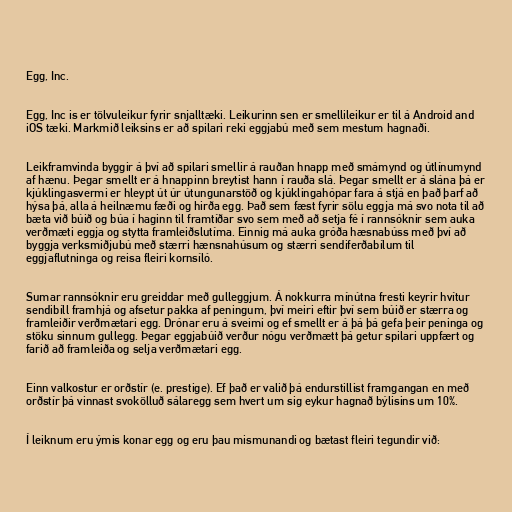
Egg, Inc.

Egg, Inc is er tölvuleikur fyrir snjalltæki. Leikurinn sen er smellileikur er til á Android and
iOS tæki. Markmið leiksins er að spilari reki eggjabú með sem mestum hagnaði.

Leikframvinda byggir á því að spilari smellir á rauðan hnapp með smámynd og útlínumynd
af hænu. Þegar smellt er á hnappinn breytist hann í rauða slá. Þegar smellt er á slána þá er
kjúklingasvermi er hleypt út úr útungunarstöð og kjúklingahópar fara á stjá en það þarf að
hýsa þá, alla á heilnæmu fæði og hirða egg. Það sem fæst fyrir sölu eggja má svo nota til að
bæta við búið og búa í haginn til framtíðar svo sem með að setja fé í rannsóknir sem auka
verðmæti eggja og stytta framleiðslutíma. Einnig má auka gróða hæsnabúss með því að
byggja verksmiðjubú með stærri hænsnahúsum og stærri sendiferðabílum til
eggjaflutninga og reisa fleiri kornsíló.

Sumar rannsóknir eru greiddar með gulleggjum. Á nokkurra mínútna fresti keyrir hvítur
sendibíll framhjá og afsetur pakka af peningum, því meiri eftir því sem búið er stærra og
framleiðir verðmætari egg. Drónar eru á sveimi og ef smellt er á þá þá gefa þeir peninga og
stöku sinnum gullegg. Þegar eggjabúið verður nógu verðmætt þá getur spilari uppfært og
farið að framleiða og selja verðmætari egg.

Einn valkostur er orðstír (e. prestige). Ef það er valið þá endurstillist framgangan en með
orðstír þá vinnast svokölluð sálaregg sem hvert um sig eykur hagnað býlisins um 10%.

Í leiknum eru ýmis konar egg og eru þau mismunandi og bætast fleiri tegundir við: